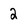
Character: 2